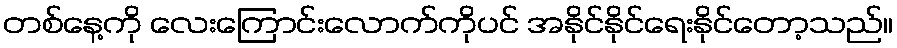
တစ်နေ့ကို လေးကြောင်းလောက်ကိုပင် အနိုင်နိုင်ရေးနိုင်တော့သည်။